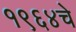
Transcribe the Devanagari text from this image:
१९६४चे